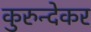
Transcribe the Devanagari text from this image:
कुरुन्देकर